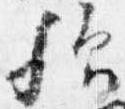
歟